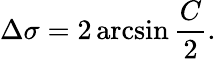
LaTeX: \Delta\sigma=2\arcsin{\frac{C}{2}}.